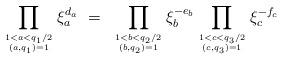
LaTeX: \begin{align*}\prod_{1 < a < q_1/2 \atop (a, q_1) =1} {\xi}_a^{d_a} ~=~ \prod_{1 < b < q_2/2 \atop (b, q_2) =1} {\xi}_b^{-e_b}\prod_{1 < c < q_3/2 \atop (c, q_3) =1} {\xi}_c^{-f_c}\end{align*}